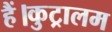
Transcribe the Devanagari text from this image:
हैं।कुट्रालम